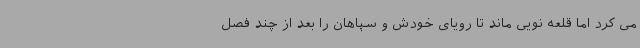
می کرد اما قلعه نویی ماند تا رویای خودش و سپاهان را بعد از چند فصل